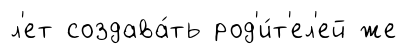
л'ет создава́ть род'и́т'ел'ей же